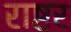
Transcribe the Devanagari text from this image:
राष्टर